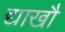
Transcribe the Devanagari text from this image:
द्याखौ